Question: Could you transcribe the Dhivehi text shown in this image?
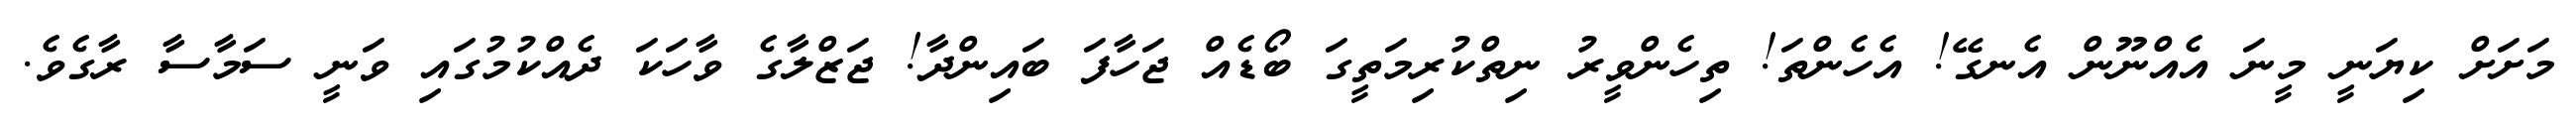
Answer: މަށަށް ކިޔަނީ މީނަ އެއްނޫން އެނގޭ! އެހެންތަ! ތިހެންވީރު ނިތްކުރިމަތީގަ ބޯޑެއް ޖަހާފަ ބައިންދާ! ޖަޒްލާގެ ވާހަކަ ދެއްކުމުގައި ވަނީ ސަމާސާ ރާގެވެ.